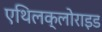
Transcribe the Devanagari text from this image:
एथिलक्लोराइड